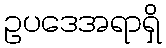
ဥပဒေအရာရှိ